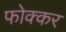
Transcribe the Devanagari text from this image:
फोक्‍कर